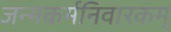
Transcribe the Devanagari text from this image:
जन्मकर्मनिवारकम्